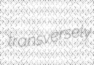
transversely